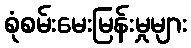
စုံစမ်းမေးမြန်းမှုများ